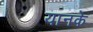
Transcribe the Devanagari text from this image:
यानके